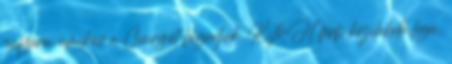
pályára, amikor a Csurgót fogadjuk. K&H férfi kézilabda liga,